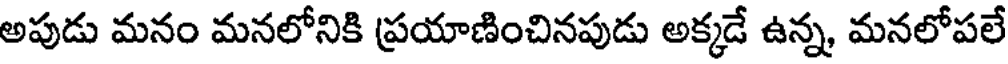
అపుడు మనం మనలోనికి ప్రయాణించినపుడు అక్కడే ఉన్న, మనలోపలే